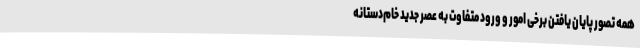
همه تصور پایان یافتن برخی امور و ورود متفاوت به عصر جدید خام‌دستانه